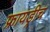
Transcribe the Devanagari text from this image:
फ्रायड्रीच